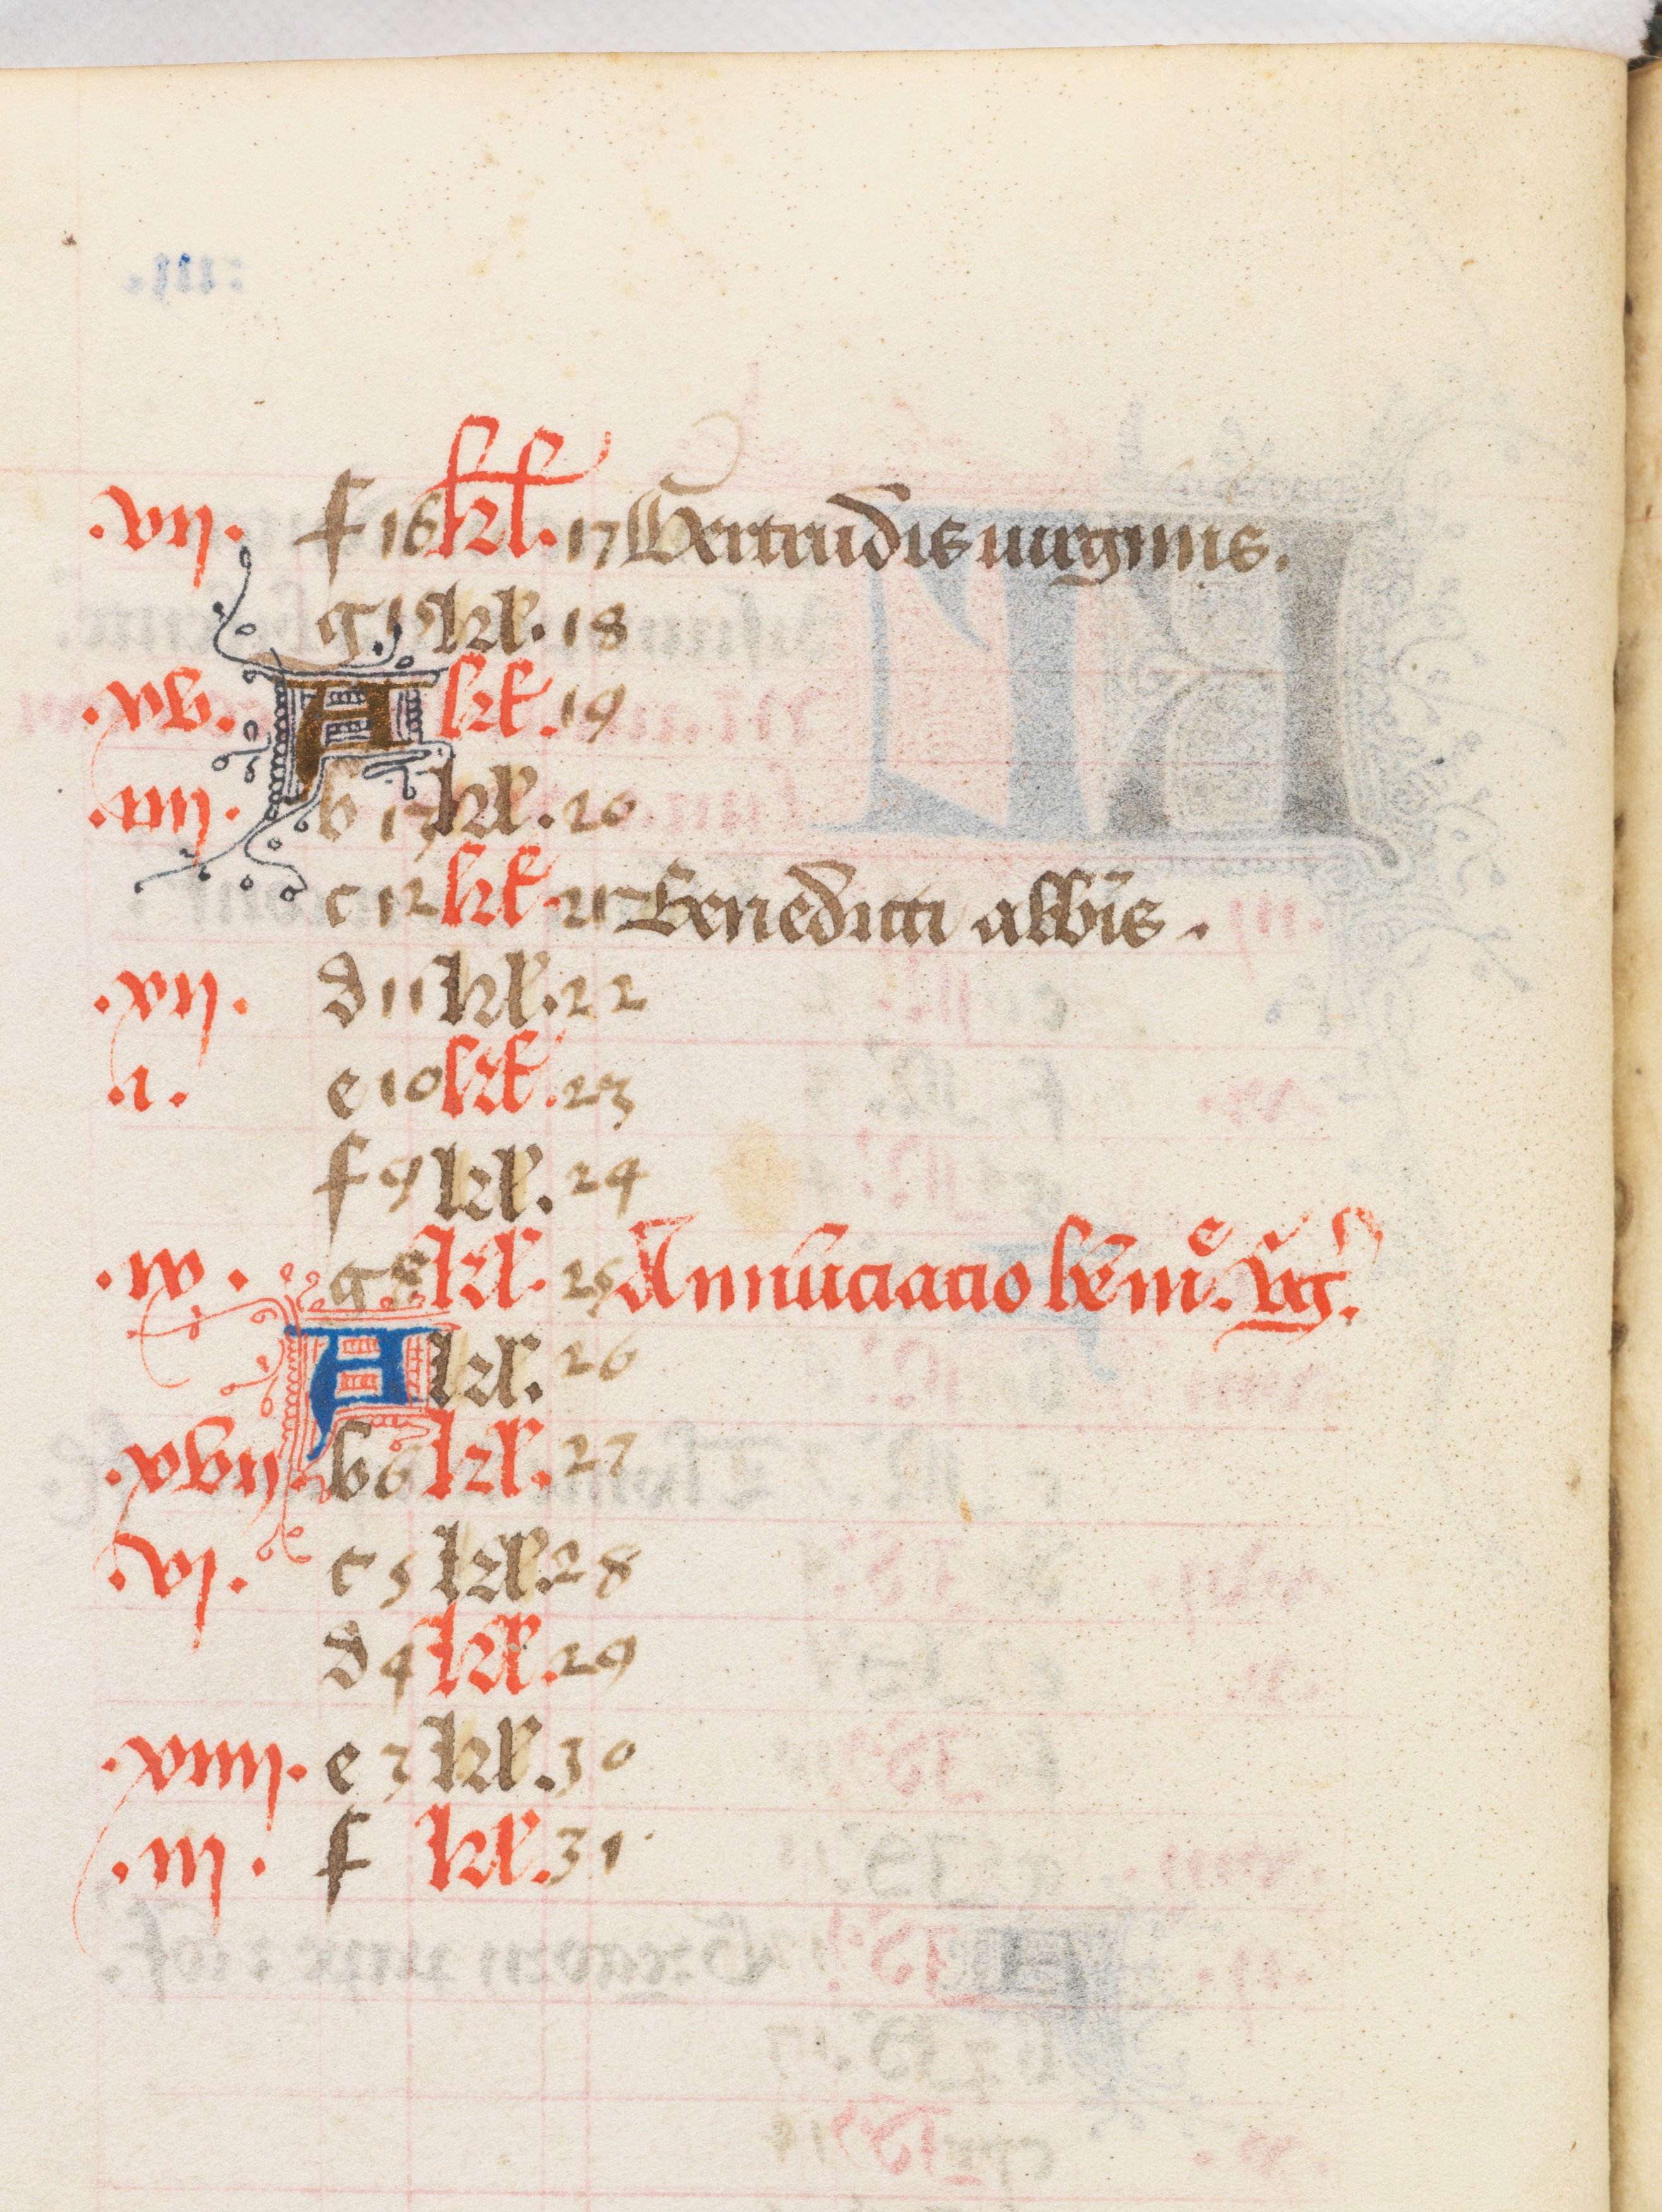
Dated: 1400–1499